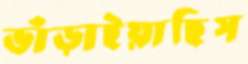
ভাঁড়াইয়াছিস